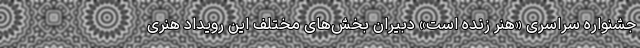
جشنواره سراسری «هنر زنده است» دبیران بخش‌های مختلف این رویداد هنری